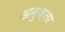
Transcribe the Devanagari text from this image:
अनुक्ता